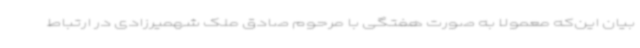
بیان این‌که معمولا به صورت هفتگی با مرحوم صادق ملک شهمیرزادی در ارتباط